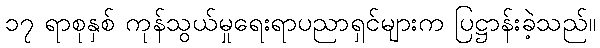
၁၇ ရာစုနှစ် ကုန်သွယ်မှုရေးရာပညာရှင်များက ပြဋ္ဌာန်းခဲ့သည်။